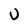
Character: U